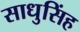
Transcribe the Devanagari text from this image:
साधुसिंह